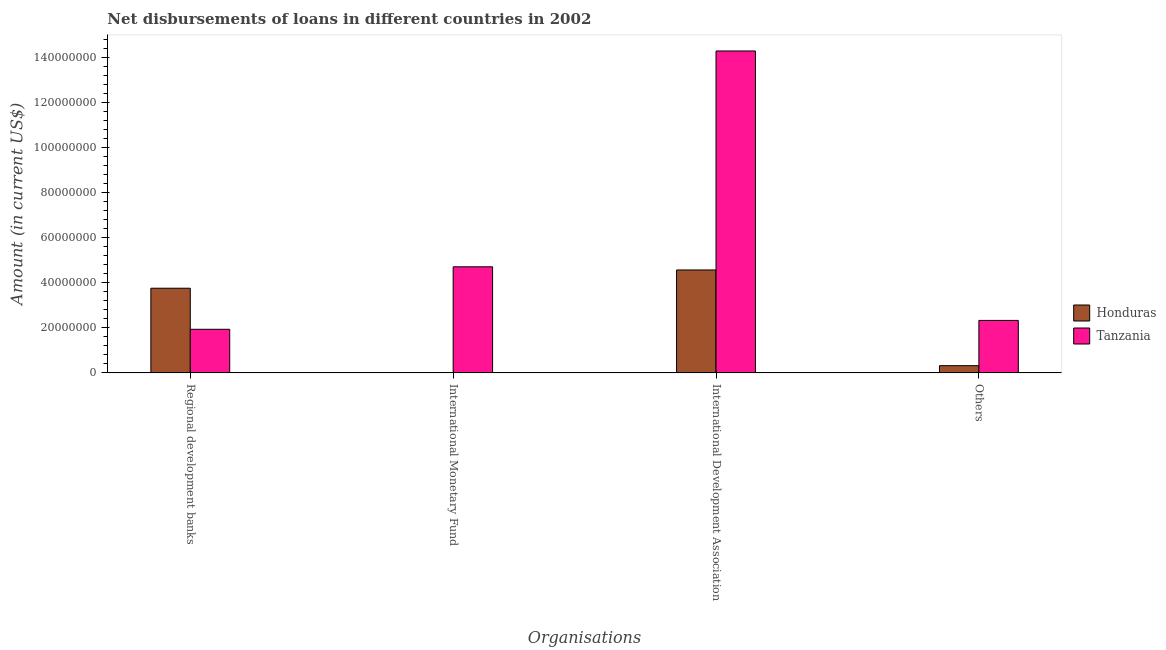
| Organisations | Honduras | Tanzania |
 | --- | --- | --- |
 | Regional development banks | 3.75e+07 | 1.93e+07 |
 | International Monetary Fund | -4.22e+06 | 4.7e+07 |
 | International Development Association | 4.56e+07 | 1.43e+08 |
 | Others | 3.2e+06 | 2.33e+07 |